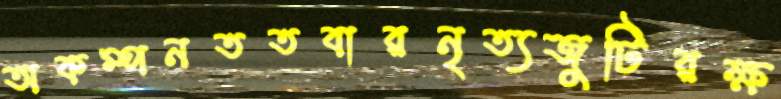
অকম্পনততবারনৃত্যজুটিরক্ষ